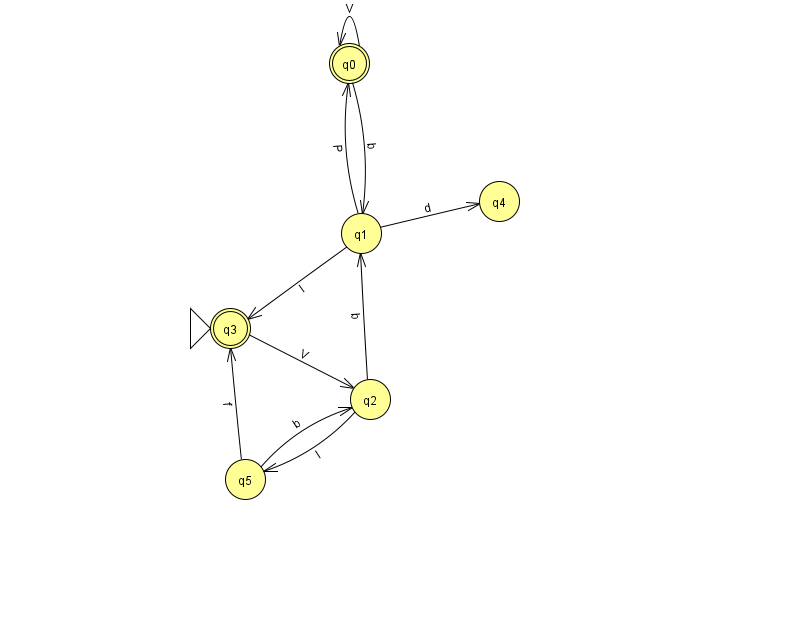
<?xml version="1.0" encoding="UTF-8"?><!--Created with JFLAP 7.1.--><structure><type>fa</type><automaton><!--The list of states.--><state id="0" name="q0"><x>349.0</x><y>50.0</y><final/></state><state id="1" name="q1"><x>361.0</x><y>220.0</y></state><state id="2" name="q2"><x>370.0</x><y>386.0</y></state><state id="3" name="q3"><x>230.0</x><y>315.0</y><initial/><final/></state><state id="4" name="q4"><x>499.0</x><y>188.0</y></state><state id="5" name="q5"><x>245.0</x><y>466.0</y></state><!--The list of transitions.--><transition><from>5</from><to>3</to><read>f</read></transition><transition><from>1</from><to>4</to><read>d</read></transition><transition><from>0</from><to>0</to><read>V</read></transition><transition><from>2</from><to>5</to><read>I</read></transition><transition><from>2</from><to>1</to><read>b</read></transition><transition><from>0</from><to>1</to><read>b</read></transition><transition><from>1</from><to>3</to><read>I</read></transition><transition><from>1</from><to>0</to><read>P</read></transition><transition><from>5</from><to>2</to><read>b</read></transition><transition><from>3</from><to>2</to><read>V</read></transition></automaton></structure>